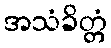
အသံခိတ္တံ